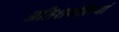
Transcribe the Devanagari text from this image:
अतिशयोक्तियां